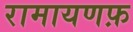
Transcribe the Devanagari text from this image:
रामायणफ़